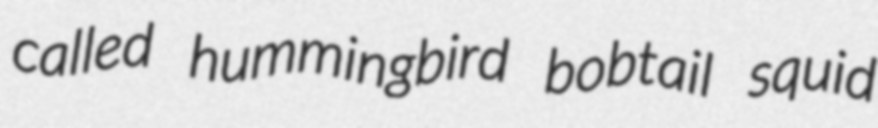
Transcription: called hummingbird bobtail squid